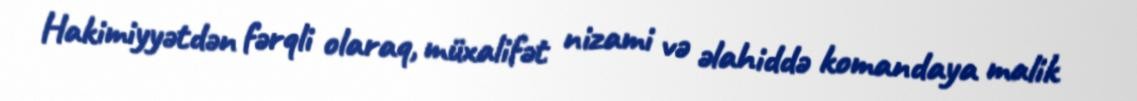
Hakimiyyətdən fərqli olaraq, müxalifət nizami və əlahiddə komandaya malik